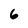
Character: 6